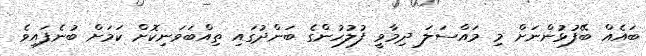
ބައެއް ބޭފުޅުންނަށް މި މައްސަލަ ދިމާވީ ފުލުހުންގެ ބަންދުގައި ތިއްބަވަނިކޮށް ކަމަށް ބުނެފައިވެ